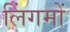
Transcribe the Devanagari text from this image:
लिंगमों